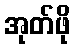
အုတ်ဖို